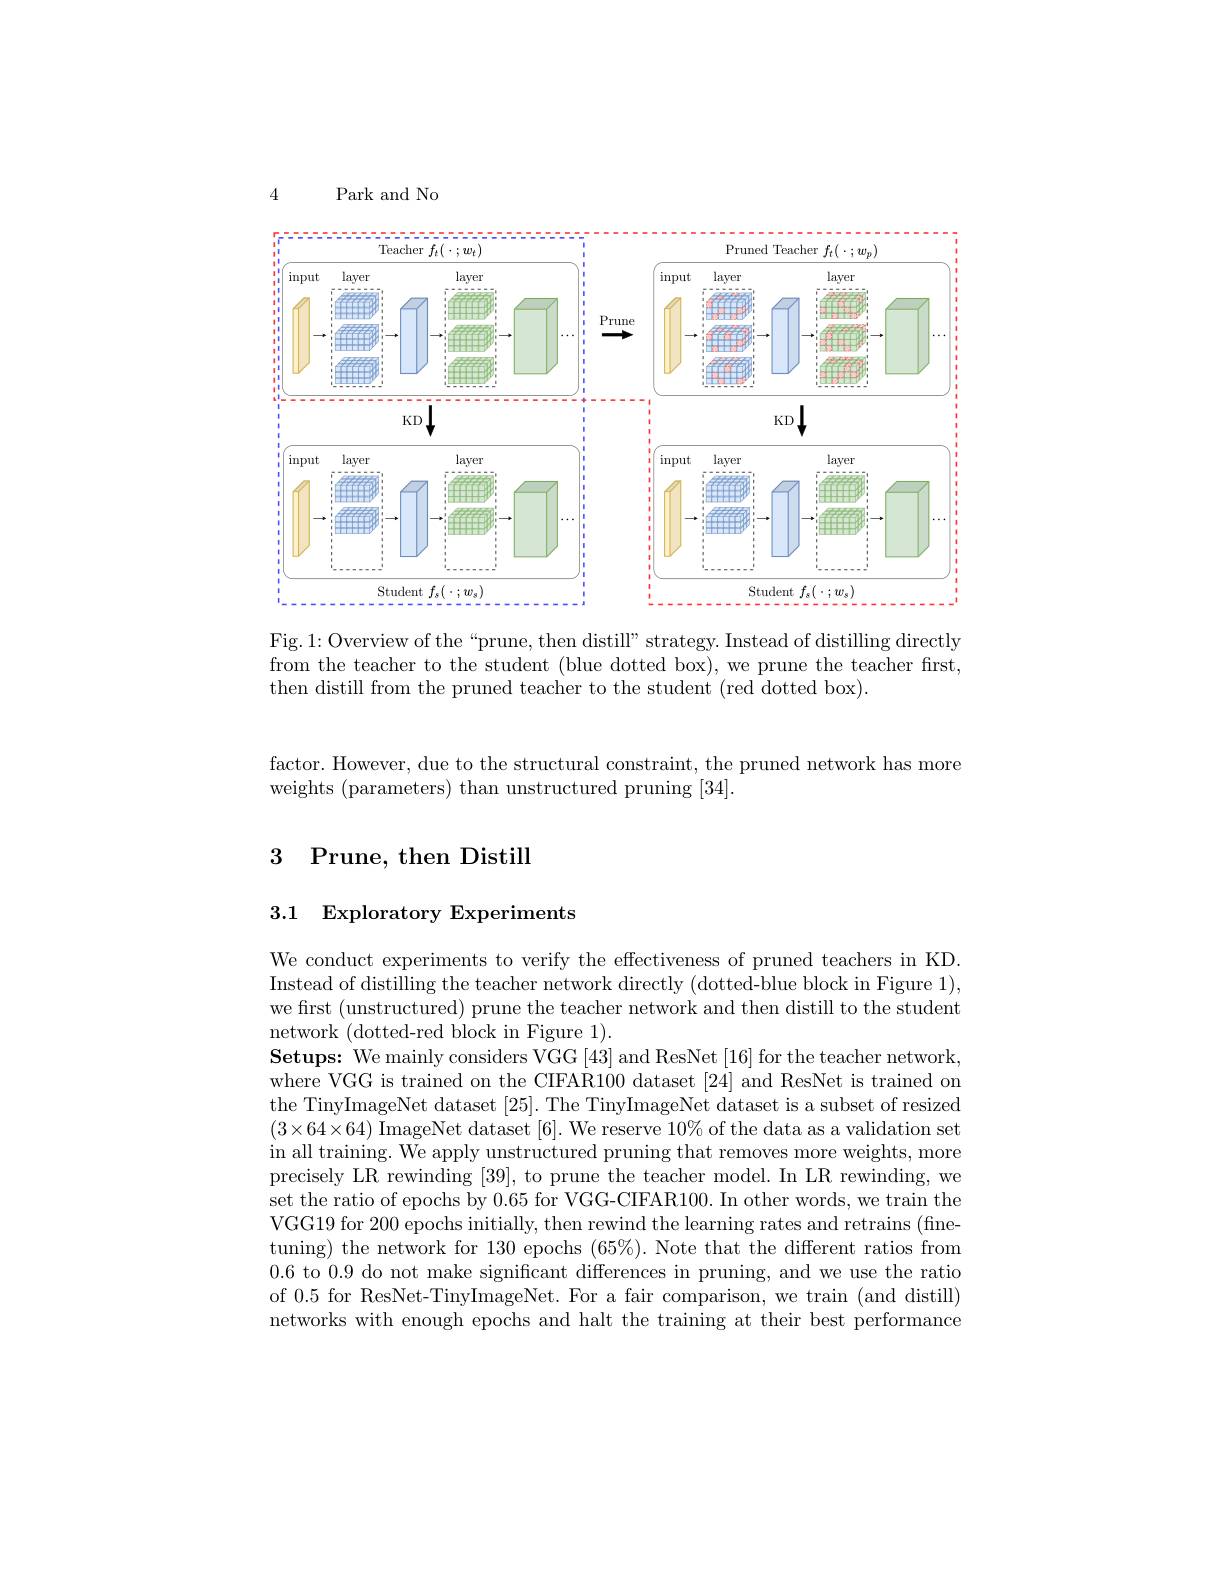
4

Park and No

<FigureHere>

Fig.1: Overview of the“prune, then distill” strategy. Instead of distilling directly from the teacher to the student (blue dotted box), we prune the teacher first, then distill from the pruned teacher to the student (red dotted box).

factor. However, due to the structural constraint, the pruned network has more
weights (parameters) than unstructured pruning [34].

# 3 Prune, then Distill

3.1 Exploratory Experiments

We conduct experiments to verify the effectiveness of pruned teachers in KD Instead of distilling the teacher network directly (dotted-blue block in Figure 1), we first (unstructured) prune the teacher network and then distill to the student network (dotted-red block in Figure 1).
Setups: We mainly considers VGG [43] and ResNet [16] for the teacher network, where VGG is trained on the CIFAR100 dataset [24] and ResNet is trained on the TinyImageNet dataset [25]. The TinyImageNet dataset is a subset of resized $(3\times64\times64)$ ImageNet dataset [6]. We reserve $10\%$ of the data as a validation set in all training. We apply unstructured pruning that removes more weights, more precisely LR rewinding [39], to prune the teacher model. In LR rewinding, we set the ratio of epochs by 0.65 for VGG-CIFAR100. In other words, we train the VGG19 for 200 epochs initially, then rewind the learning rates and retrains (fine-) tuning) the network for 130 epochs $(65\%).$ Note that the different ratios from 0.6 to 0.9 do not make significant differences in pruning, and we use the ratio of 0.5 for ResNet-TinyImageNet. For a fair comparison, we train (and distill) networks with enough epochs and halt the training at their best performance